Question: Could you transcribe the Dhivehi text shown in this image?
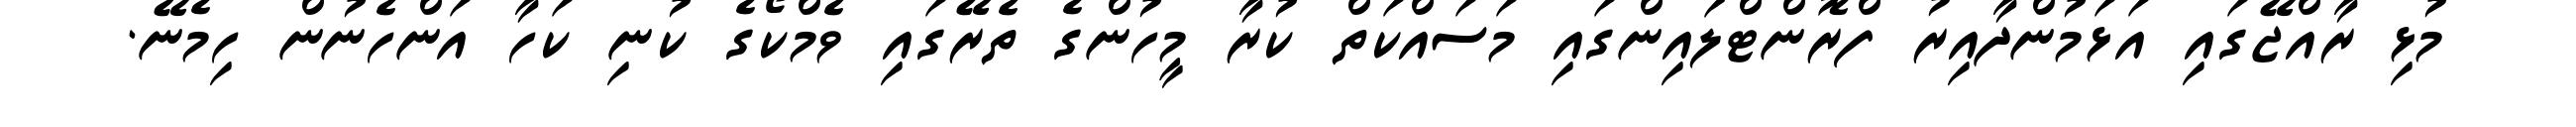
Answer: މުޅި ރާއްޖޭގައި އަޅަމުންދާއިރު ފްރޮންޓްލައިންގައި މަސައްކަތް ކުރާ މީހުންގެ ތެރޭގައި ވެމްކޯގެ ކުނި ކަހާ އަންހެނުން ހިމެނޭ.